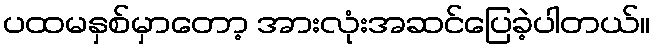
ပထမနှစ်မှာတော့ အားလုံးအဆင်ပြေခဲ့ပါတယ်။